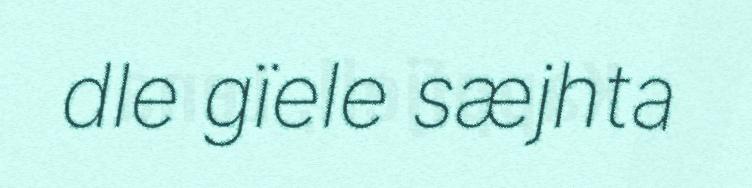
dle gïele sæjhta